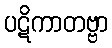
ပဋိကာတဗ္ဗာ